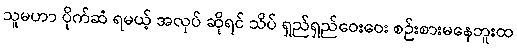
သူမဟာ ပိုက်ဆံ ရမယ့် အလုပ် ဆိုရင် သိပ် ရှည်ရှည်ဝေးဝေး စဉ်းစားမနေဘူးထ